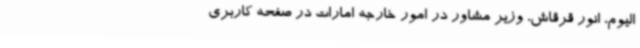
الیوم، انور قرقاش، وزیر مشاور در امور خارجه امارات در صفحه کاربری